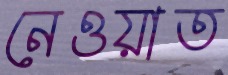
নেওয়াত